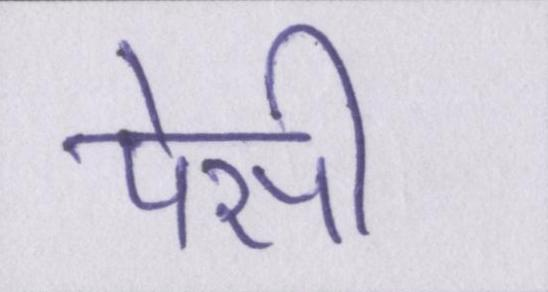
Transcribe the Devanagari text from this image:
पेसी